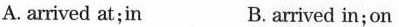
A. arrived at；in B. arrived in；on